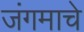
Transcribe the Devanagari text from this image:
जंगमाचे